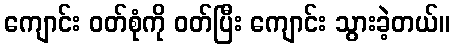
ကျောင်း ဝတ်စုံကို ဝတ်ပြီး ကျောင်း သွားခဲ့တယ်။